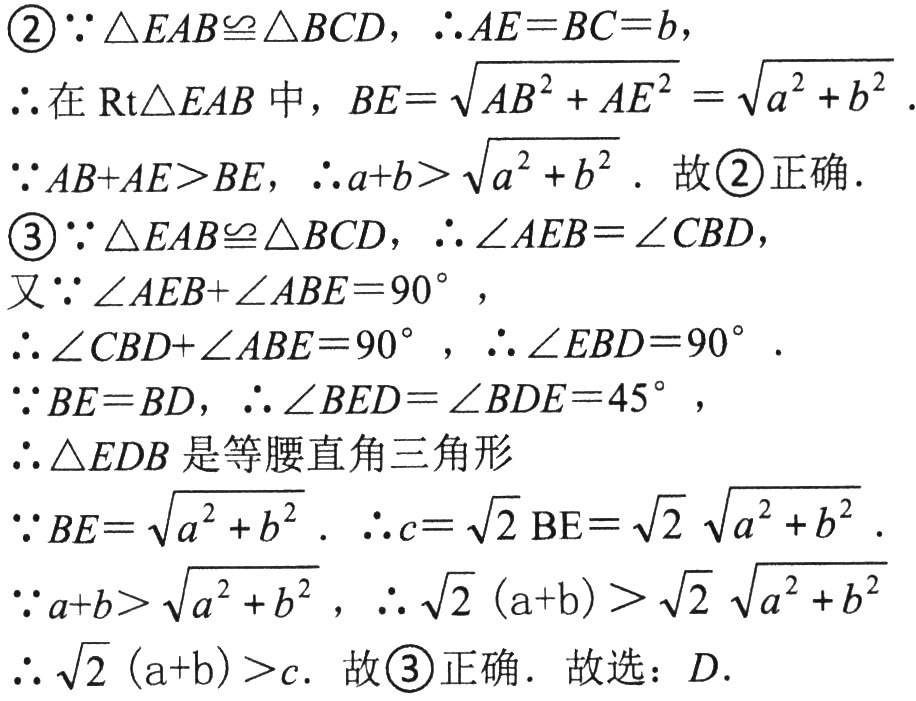
\begin{enumerate}[label=\textcircled{\arabic*}]

\item $\because \triangle EAB\cong\triangle BCD$，$\therefore AE = BC = b$，

    \item 在$\text{Rt}\triangle EAB$中，$BE=\sqrt{AB^{2}+AE^{2}}=\sqrt{a^{2}+b^{2}}$．

    \item $\because AB + AE>BE$，$\therefore a + b>\sqrt{a^{2}+b^{2}}$．故\textcircled{2}正确．

    \item $\because \triangle EAB\cong\triangle BCD$，$\therefore\angle AEB=\angle CBD$，

    \item 又$\because\angle AEB+\angle ABE = 90^{\circ}$，

    \item $\therefore\angle CBD+\angle ABE = 90^{\circ}$，$\therefore\angle EBD = 90^{\circ}$．

    \item $\because BE = BD$，$\therefore\angle BED=\angle BDE = 45^{\circ}$，

    \item $\therefore\triangle EDB$是等腰直角三角形

    \item $\because BE=\sqrt{a^{2}+b^{2}}$．$\therefore c=\sqrt{2}\text{BE}=\sqrt{2}\sqrt{a^{2}+b^{2}}$．

    \item $\because a + b>\sqrt{a^{2}+b^{2}}$，$\therefore\sqrt{2}(a + b)>\sqrt{2}\sqrt{a^{2}+b^{2}}$

    \item $\therefore\sqrt{2}(a + b)>c$．故\textcircled{3}正确．故选：$D$．

\end{enumerate}